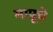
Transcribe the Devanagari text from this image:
मापूचे